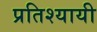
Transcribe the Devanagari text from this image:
प्रतिश्यायी